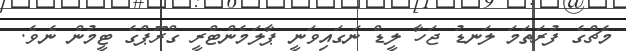
މެޗްގެ ފުރަތަމަ ލަނޑު ޖަހާ ލީޑް ނަގައިވަނީ ޕާލަމެންޓްރީ ގްރޫޕްގެ ޓީމުން ނެވެ.